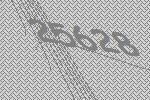
25628